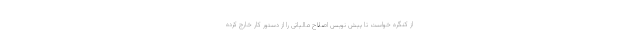
از کنگره خواست تا پیش نویس اصلاح مالیاتی را از دستور کار خارج کرده